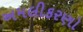
અમલીકરણો